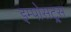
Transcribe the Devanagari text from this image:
इम्पोसट्र्स